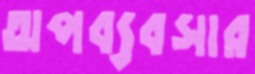
অপব্যবসার